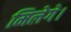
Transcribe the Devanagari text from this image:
मिलेगे।